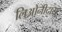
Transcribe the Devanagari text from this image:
लिओनीदास